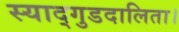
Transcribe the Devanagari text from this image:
स्याद्गुडदालिता।